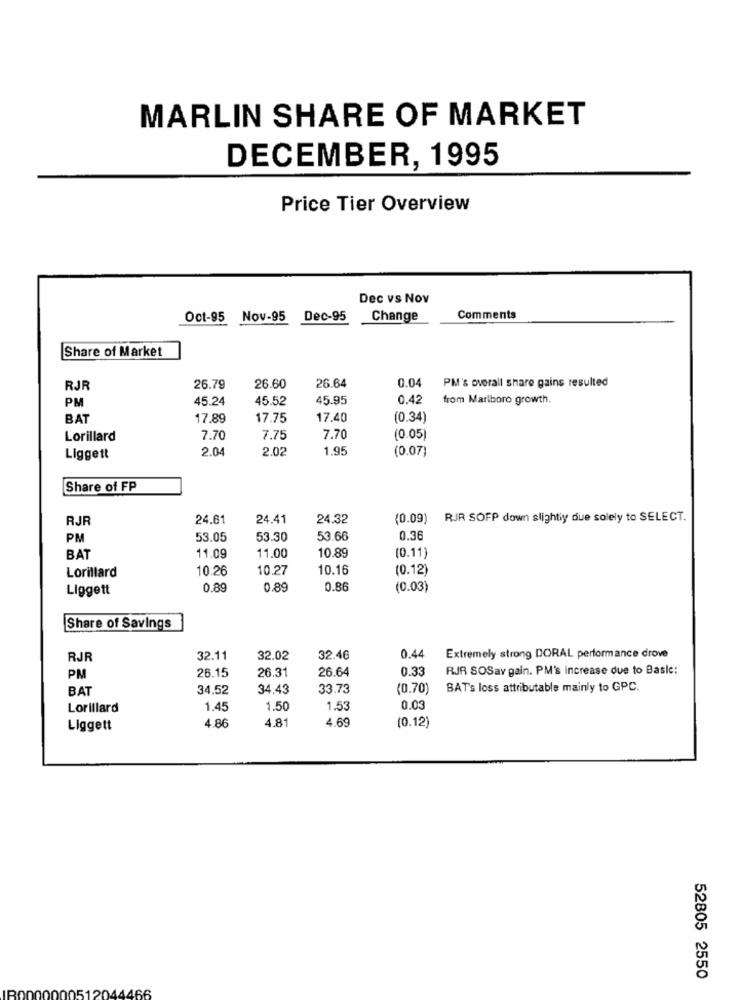
MARLIN SHARE OF MARKET
DECEMBER, 1995
Price Tier Overview
Dec vs Nov
Oct-95 Nov-95
Dec-95
Change
Comments
Share of Market
26.64
0.04
PM's overall share gains resulted
RJR
26.79
26.60
PM
45.24
45.52
45.95
0.42
from Marlboro growth.
BAT
17.89
17.75
17.40
(0.34)
Lorillard
7.70
7.75
7.70
(0.05)
2.04
2.02
1.95
(0.07)
Liggett
Share of FP
RJR
24.61
24.41
24.32
(0.09)
RJR SOFP down slightiy due solely to SELECT.
PM
53.05
53.30
53.66
0.36
11.00
[0.11)
BAT
11.09
10.89
10.26
10.27
10.16
(0.12)
Lorillard
Liggett
0.89
0.89
0.86
(0.03)
Share of Savings
RJR
32.11
32.02
32.46
0.44
Extremely strong DORAL performance drove
26.31
26.64
0.3
RJR SOSav gain. PM's increase due to Basle:
PM
26.15
BAT
34.52
34.43
33.73
(0.70)
BAT's loss attributable mainly to GPC.
Lorillard
1.45
1.50
1.53
0.03
4.69
Liggett
4.86
4.81
(0.12)
52805 2550